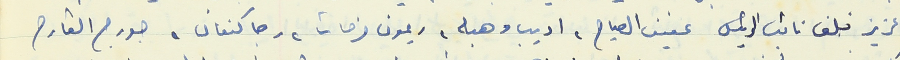
عزيز خلف نائب الرئيس عفيف الصياح، اديب وهبه، ريمون فرحات، رجا كنعان، جورج القارح